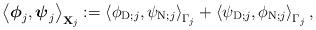
LaTeX: \begin{align*}\left\langle\mbox{\boldmath$ \phi$}_{j},\mbox{\boldmath$ \psi$}_{j}\right\rangle _{\mathbf{X}_{j}}:=\left\langle \phi_{\operatorname*{D};j},\psi_{\operatorname*{N};j}\right\rangle _{\Gamma_{j}}+\left\langle\psi_{\operatorname*{D};j},\phi_{\operatorname*{N};j}\right\rangle_{\Gamma_{j}}, \end{align*}